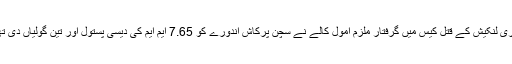
گوری لنکیش کے قتل کیس میں گرفتار ملزم امول کالے نے سچن پرکاش اندورے کو 7.65 ایم ایم کی دیسی پستول اور تین گولیاں دی تھی۔